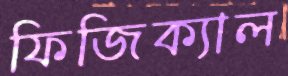
ফিজিক্যাল